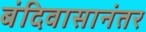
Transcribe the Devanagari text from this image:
बंदिवासानंतर